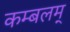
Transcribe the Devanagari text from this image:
कम्बलम्